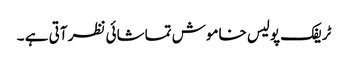
ٹریفک پولیس خاموش تماشائی نظر آتی ہے ۔